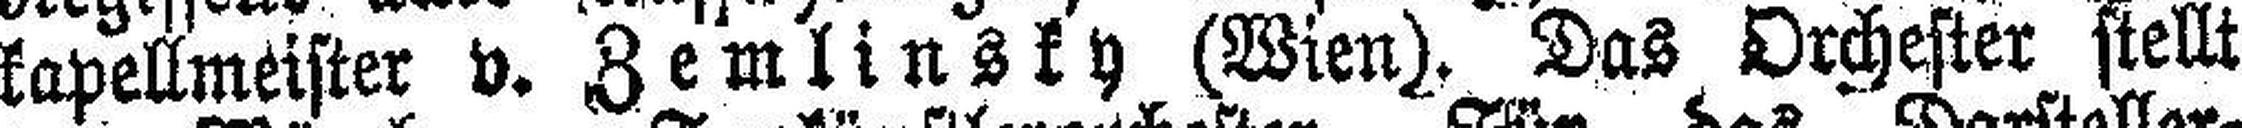
kapellmeister v. Zemlinsky (Wien), Das Orchester stellt